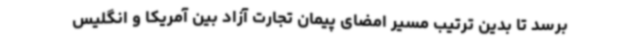
برسد تا بدین ترتیب مسیر امضای پیمان تجارت آزاد بین آمریکا و انگلیس